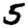
Digit: 5